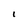
Character: I